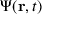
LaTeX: \Psi ( \mathbf { r } , t )